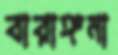
বারাঙ্গনা